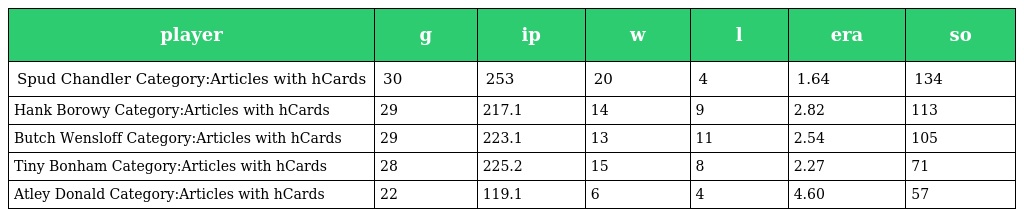
| player | g | ip | w | l | era | so |
 | --- | --- | --- | --- | --- | --- | --- |
 | Spud Chandler Category:Articles with hCards | 30 | 253 | 20 | 4 | 1.64 | 134 |
 | Hank Borowy Category:Articles with hCards | 29 | 217.1 | 14 | 9 | 2.82 | 113 |
 | Butch Wensloff Category:Articles with hCards | 29 | 223.1 | 13 | 11 | 2.54 | 105 |
 | Tiny Bonham Category:Articles with hCards | 28 | 225.2 | 15 | 8 | 2.27 | 71 |
 | Atley Donald Category:Articles with hCards | 22 | 119.1 | 6 | 4 | 4.60 | 57 |